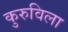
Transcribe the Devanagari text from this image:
कुरुविला